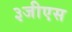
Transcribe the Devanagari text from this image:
३जीएस